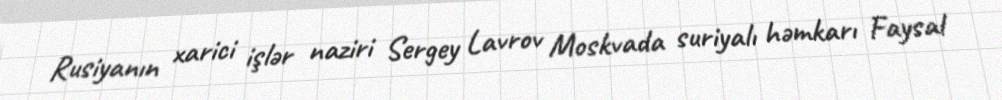
Rusiyanın xarici işlər naziri Sergey Lavrov Moskvada suriyalı həmkarı Faysal